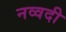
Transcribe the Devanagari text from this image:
नव्वदी